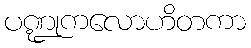
ပဏ္ဍုကလောဟိတကာ